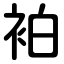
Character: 袙